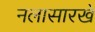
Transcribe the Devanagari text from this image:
नलासारखे